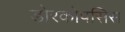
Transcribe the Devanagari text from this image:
डोरकोपसिस